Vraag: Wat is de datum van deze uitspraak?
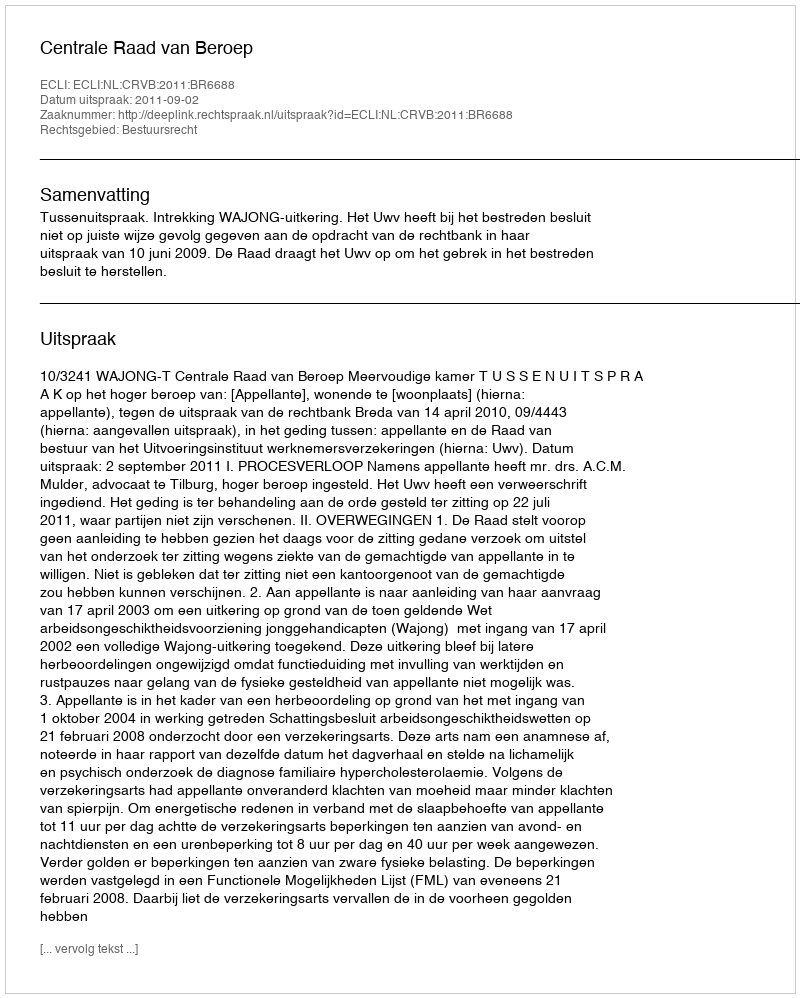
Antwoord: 2011-09-02